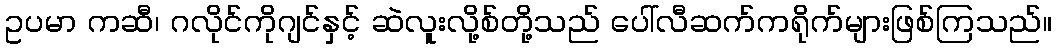
ဥပမာ ကဆီ၊ ဂလိုင်ကိုဂျင်နှင့် ဆဲလူးလို့စ်တို့သည် ပေါ်လီဆက်ကရိုက်များဖြစ်ကြသည်။